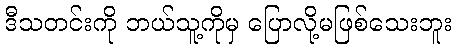
ဒီသတင်းကို ဘယ်သူ့ကိုမှ ပြောလို့မဖြစ်သေးဘူး